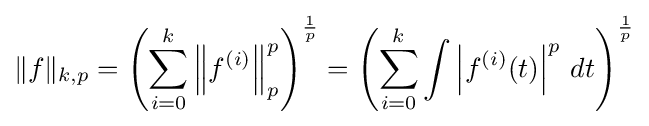
\|f\|_{k,p}=\left(\sum _{i=0}^{k}\left\|f^{(i)}\right\|_{p}^{p}\right)^{\frac {1}{p}}=\left(\sum _{i=0}^{k}\int \left|f^{(i)}(t)\right|^{p}\,dt\right)^{\frac {1}{p}}